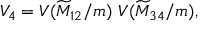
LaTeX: V _ { 4 } = V ( \widetilde M _ { 1 2 } / m ) ~ V ( \widetilde M _ { 3 4 } / m ) ,